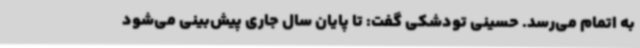
به اتمام می‌رسد. حسینی تودشکی گفت: تا پایان سال جاری پیش‌بینی می‌شود